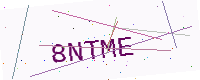
Text: 8NTME